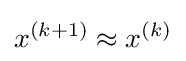
x^{(k+1)}\approx x^{(k)}